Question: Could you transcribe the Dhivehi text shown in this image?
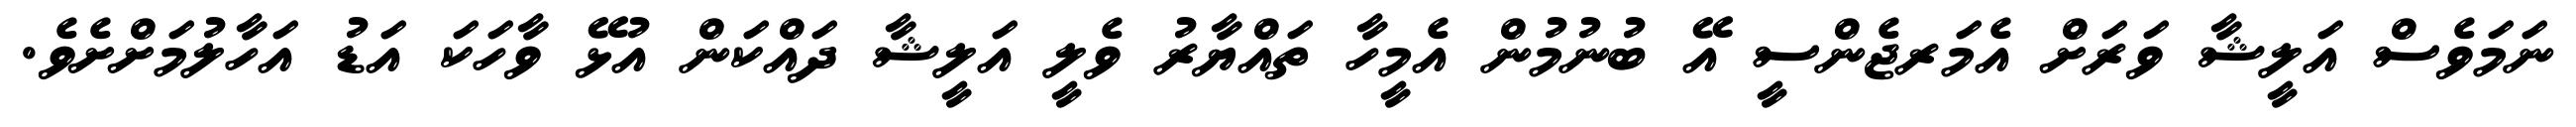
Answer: ނަމަވެސް އަލީޝާ ވަރަށް އެމަރޖެންސީ އޭ ބުނުމުން އެމީހާ ތައްޔާރު ވެލީ އަލީޝާ ދައްކަން އުޅޭ ވާހަކަ އަޑު އަހާލުމަށްށެވެ.